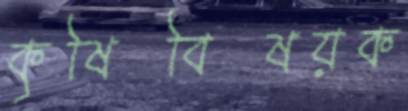
কৃষিবিষয়ক